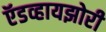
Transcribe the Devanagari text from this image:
ऍडव्हायझोरी